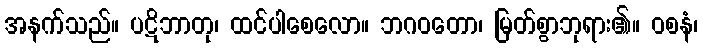
အနက်သည်။ ပဋိဘာတု၊ ထင်ပါစေလော။ ဘဂဝတော၊ မြတ်စွာဘုရား၏။ ဝစနံ၊